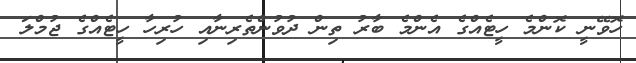
ހޮވޭނީ ކޮންމެ ހީޓެއްގެ އެންމެ ބާރު ތިން ދުވުންތެރިނާއި ހުރިހާ ހީޓެއްގެ ޖުމްލަ